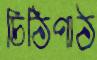
চিঠিপাঠ